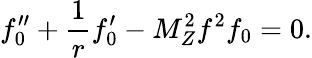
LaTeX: f_{0}^{\prime\prime}+\frac 1rf_{0}^{\prime}-M_{Z}^{2}f^{2}f_{0}=0.